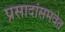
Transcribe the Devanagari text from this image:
प्रसादांसमवेत